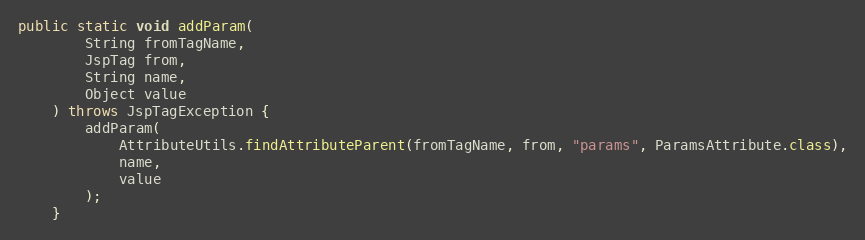
Language: Java
public static void addParam(
		String fromTagName,
		JspTag from,
		String name,
		Object value
	) throws JspTagException {
		addParam(
			AttributeUtils.findAttributeParent(fromTagName, from, "params", ParamsAttribute.class),
			name,
			value
		);
	}